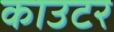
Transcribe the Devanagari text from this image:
काउटर